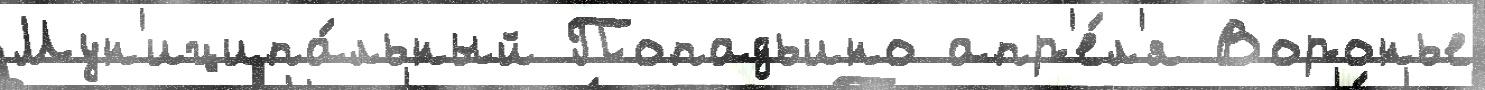
Мун'иципа́льный Попадьино апр'е́л'я Воронье